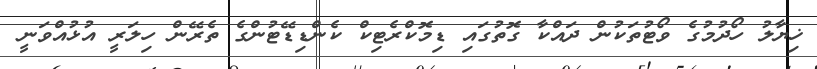
ޚިޔާލު ހޯދުމުގެ ވޯޓުތަކުން ދައްކާ ގޮތުގައި ޑިމޮކްރެޓިކް ކެންޑިޑޭޓުންގެ ތެރޭން ހިލަރީ އުޅުއްވަނީ